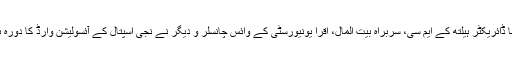
دریں اثنا ڈائریکٹر ہیلتھ کے ایم سی، سربراہ بیت المال، اقرا یونیورسٹی کے وائس چانسلر و دیگر نے نجی اسپتال کے آئسولیشن وارڈ کا دورہ بھی کیا۔